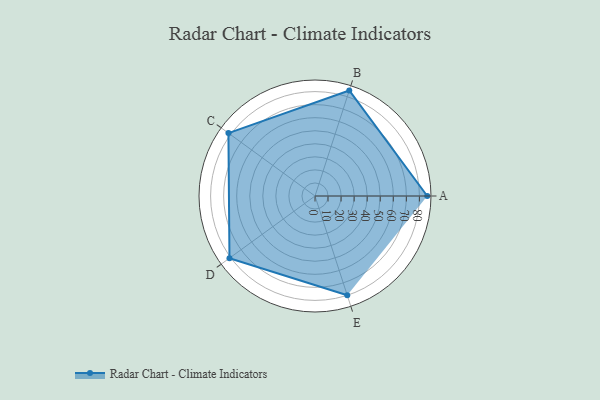
{"axis": {"x": "Skill", "y": "Score"}, "legend": ["Profile"], "data": [{"x": "A", "y": 86.0, "type": "Profile"}, {"x": "B", "y": 85.0, "type": "Profile"}, {"x": "C", "y": 82.0, "type": "Profile"}, {"x": "D", "y": 81.0, "type": "Profile"}, {"x": "E", "y": 80.0, "type": "Profile"}]}